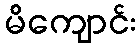
မိကျောင်း